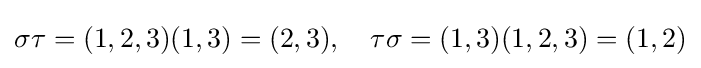
\sigma \tau =(1,2,3)(1,3)=(2,3),\quad \tau \sigma =(1,3)(1,2,3)=(1,2)